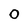
Character: 0